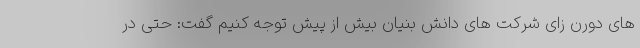
های دورن زای شرکت های دانش بنیان بیش از پیش توجه کنیم گفت: حتی در